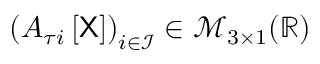
\left( A _ { \tau i } \left[ \mathsf { X } \right] \right) _ { i \in \mathcal { I } } \in \mathcal { M } _ { 3 \times 1 } ( \mathbb { R } )